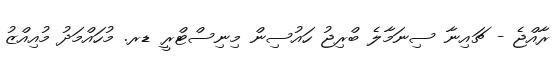
ރާއްޖެ - ޗައިނާ ސިނަމާލެ ބްރިޖު ހައުސިން މިނިސްޓްރީ ޑރ. މުހައްމަދު މުއިއްޒު